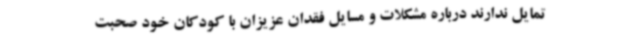
تمایل ندارند درباره مشکلات و مسایل فقدان عزیزان با کودکان خود صحبت